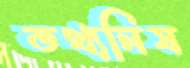
তথ্যনিষ